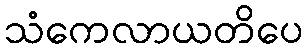
သံကေလာယတိပေ